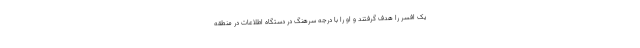
یک افسر را هدف گرفتند و او را با درجه سرهنگ در دستگاه اطلاعات در منطقه